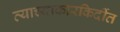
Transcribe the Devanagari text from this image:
त्याच्याकारकिर्दीत